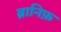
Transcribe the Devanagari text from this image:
ब्रानिफ़